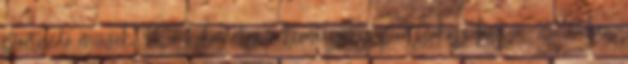
partvédő művek, 127 kilométer a természetes partszakasz hossza. 2010-ben